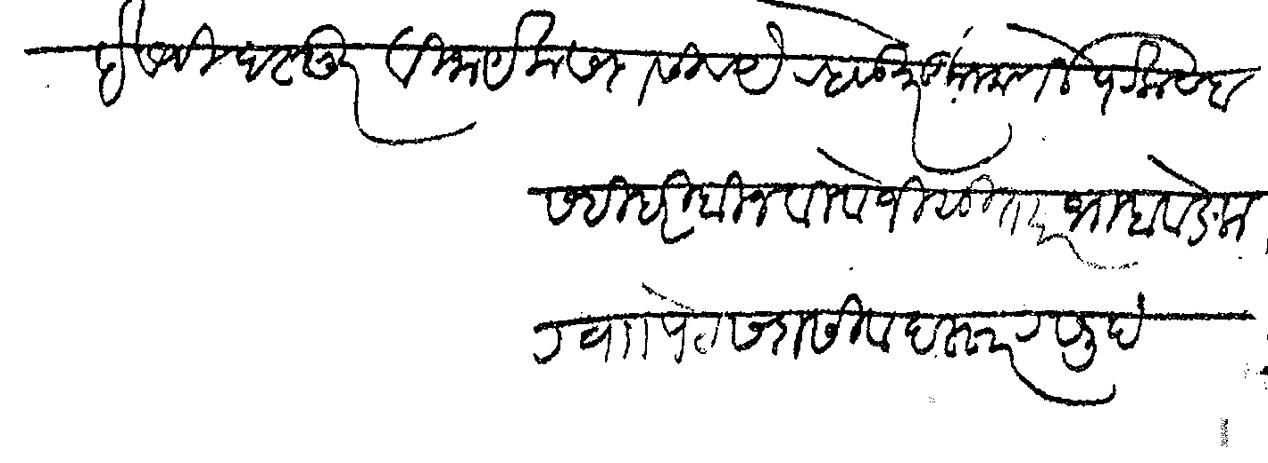
Transliteration (Devanagari): इसवी दस्तुर विनायक सदासिव येरहवडेकर कुलकर्णी पेट कसबा सही हरी बिन बिटोजी सुतार भाबवडेक र व पेठ सदासिव दस्तुरखुद